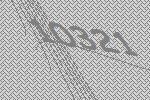
10321